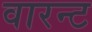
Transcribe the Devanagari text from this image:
वारन्‍ट